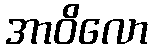
အာဝိလော